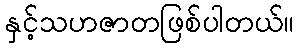
နှင့်သဟဇာတဖြစ်ပါတယ်။